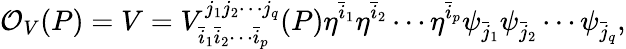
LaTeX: {\cal O}_{V}(P)=V=V_{{\bar{i}}_{1}{\bar{i}}_{2}\cdots{\bar{i}}_{p}}^{j_{1}j_{2}\cdots j_{q}}(P)\eta^{\bar{i}_{1}}\eta^{\bar{i}_{2}}\cdots\eta^{\bar{i}_{p}}\psi_{\bar{j}_{1}}\psi_{\bar{j}_{2}}\cdots\psi_{\bar{j}_{q}},